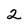
Character: 2